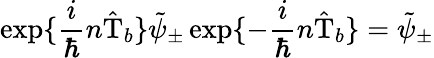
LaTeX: \exp\{ \frac{i}{\hbar}n\hat{\mathrm{T}}_{b}\} \tilde{\psi}_{\pm}\exp\{ -\frac{i}{\hbar}n\hat{\mathrm{T}}_{b}\} =\tilde{\psi}_{\pm}